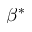
\beta ^ { * }